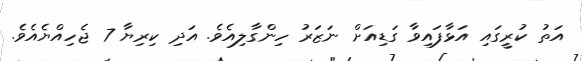
އަތު ކުރީގައި އަޅާފައިވާ ގަޑިއަށް ނަޒަރު ހިންގާލިއެވެ. އަދި ކިރިޔާ 7 ޖެހިއްޔެއެވެ.